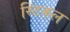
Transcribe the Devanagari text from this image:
स्टिकल